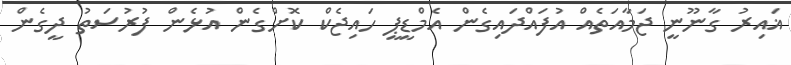
ޣައިރު ގާނޫނީ ޖަމާއަތެއް އުފައްދައިގެން އެމްޑީޕީ ހައިޖެކް ކޮށްގެން އުޅެން ފުރުސަތު ދީގެން